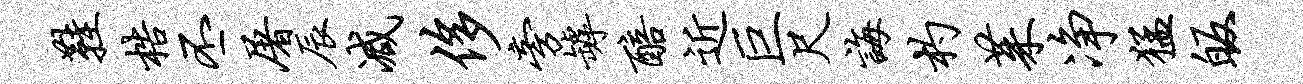
鞋梏丕屠辰减侈旁罅醅近巨尺诲杓茱净猛皈